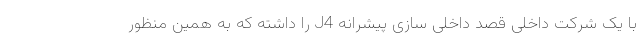
با یک شرکت داخلی قصد داخلی سازی پیشرانه J4 را داشته که به همین منظور